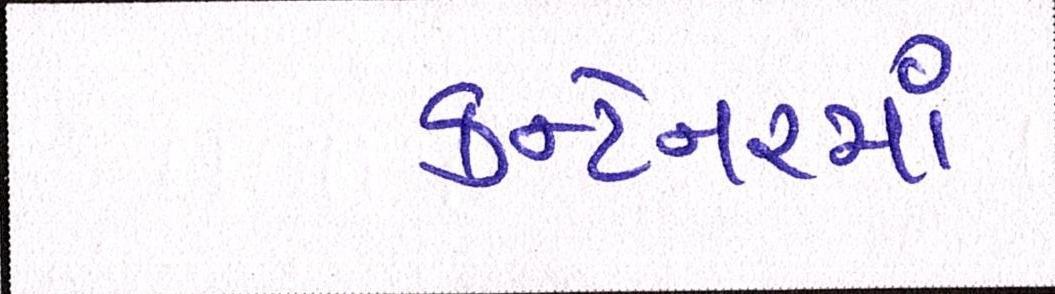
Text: કન્ટેનરમાં